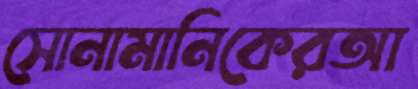
সোনামানিকেরআ